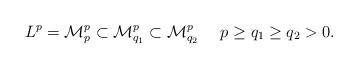
LaTeX: \begin{align*}L^{p}=\mathcal{M}_{p}^{p}\subset\mathcal{M}_{q_{1}}^{p}\subset\mathcal{M}_{q_{2}}^{p}\quad\,\,p\geq q_{1}\geq q_{2}>0.\end{align*}